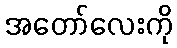
အတော်လေးကို